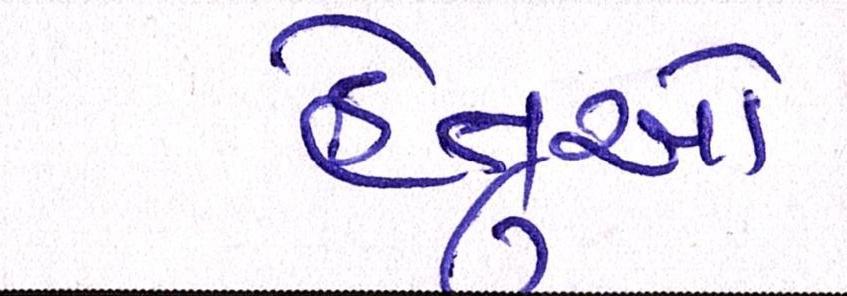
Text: હેતુઓ